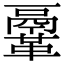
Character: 鞷